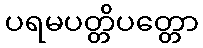
ပရမပတ္တိပတ္တော